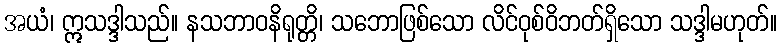
အယံ၊ ဣသဒ္ဒါသည်။ နသဘာဝနိရုတ္တိ၊ သဘောဖြစ်သော လိင်ဝုစ်ဝိဘတ်ရှိသော သဒ္ဒါမဟုတ်။